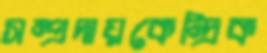
সম্প্রদায়কেন্দ্রিক